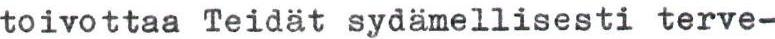
toivottaa Teidät sydämellisesti terve-